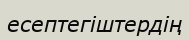
есептегіштердің